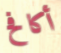
أكافح